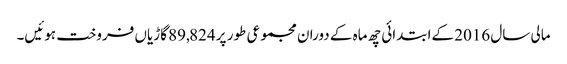
مالی سال 2016 کےابتدائی چھ ماہ کے دوران مجموعی طور پر 89,824 گاڑیاں فروخت ہوئیں۔